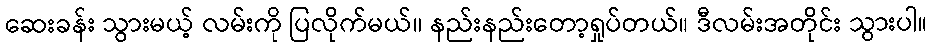
ဆေးခန်း သွားမယ့် လမ်းကို ပြလိုက်မယ်။ နည်းနည်းတော့ရှုပ်တယ်။ ဒီလမ်းအတိုင်း သွားပါ။